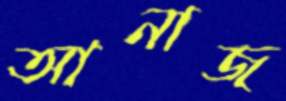
আনাজ